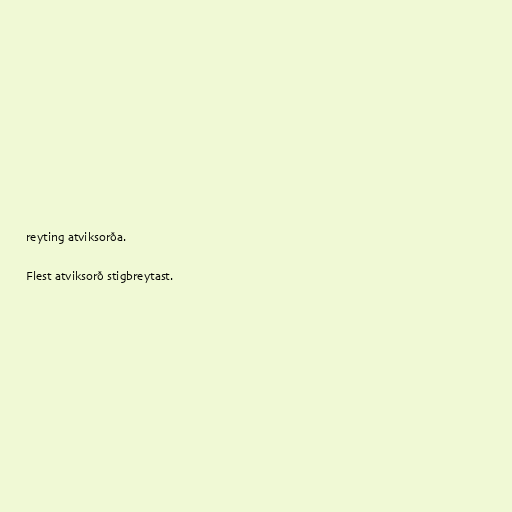
reyting atviksorða.

Flest atviksorð stigbreytast.